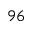
^ { 9 6 }